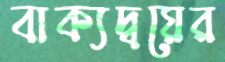
বাক্যদ্বয়ের